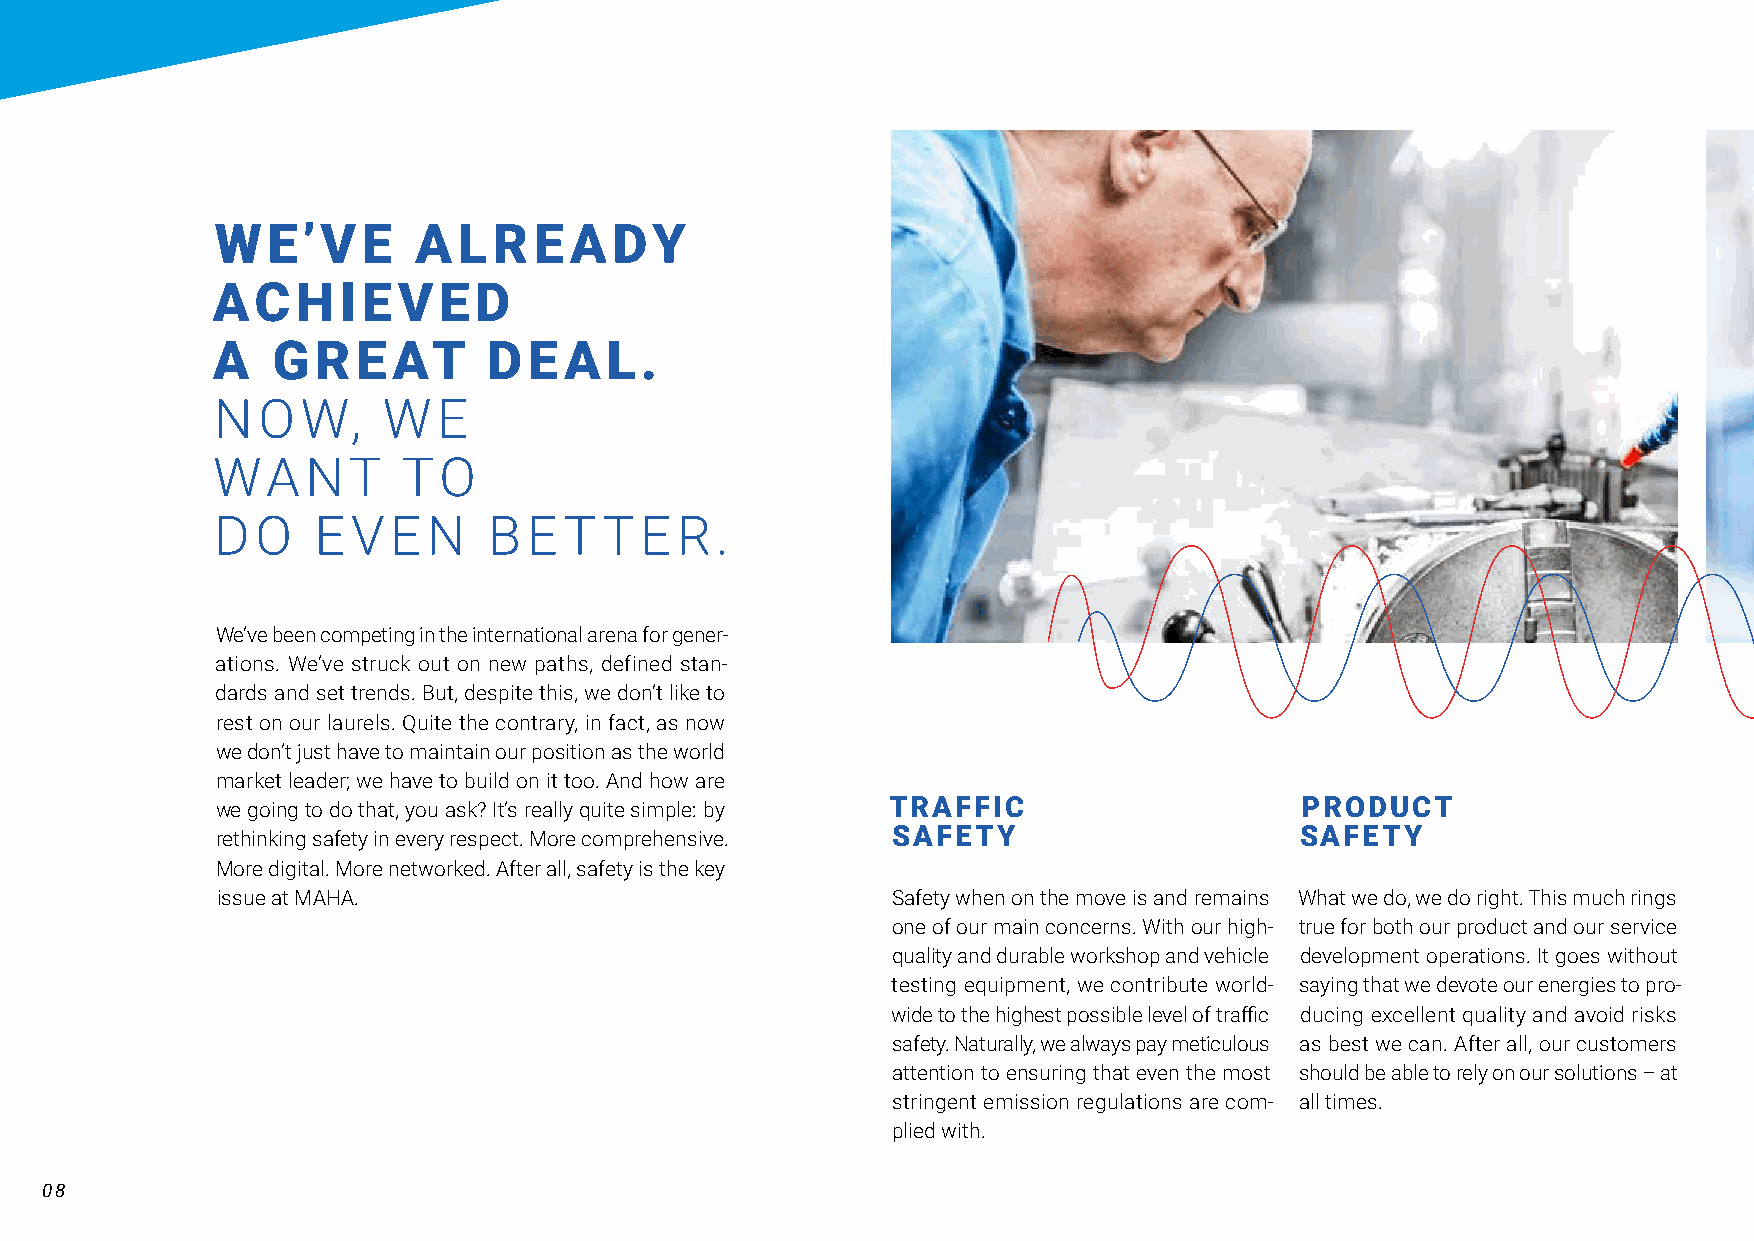
WE’VE        ALREADY
 ACHIEVED
 A   GREAT         DEAL.
 NOW,       WE
 WANT         TO
 DO     EVEN       BETTER.
 We’ve been competing in the international arena for gene r-
 at ions. We’ve struck out on new paths, defined stan -
 d ards and set trends. But, despite this, we don’t like to
 rest on our laurels. Quite the contrary, in fact, as now
 we don’t just have to maintain our position as the world
 market leader; we have to build on it too. And how are
 we going to do that, you ask? It’s really quite simple: by TRAFFIC      PRODUCT
 rethinking safety in every respect. More comprehensive. SAFETY          SAFETY
 More digital. More networked. After all, safety is the key
 issue at MAHA.                               Safety when on the move is and remains What we do, we do right. This much rings
 one of our main concerns. With our high- true for both our product and our service
 quality and durable workshop and vehicle development operations. It goes without
 testing equipment, we contribute world- saying that we devote our energies to pro-
 wide to the highest possible level of traffic ducing excellent quality and avoid risks
 safety. Naturally, we always pay meticulous as best we can. After all, our customers
 attention to ensuring that even the most should be able to rely on our solutions – at
 stringent emission regulations are com- all times.
 plied with.
 08